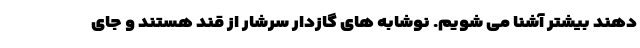
دهند بیشتر آشنا می شویم. نوشابه های گازدار سرشار از قند هستند و جای